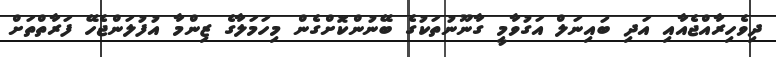
ދިވެހިރާއްޖެއާއި އަދި ބައިނަލް އަގުވާމީ ގާނޫނުތަކުގެ ބޭނުންކޮށްގެން މިހަމަލާގެ ޒިންމާ އުފުލަންޖެހޭ ފަރާތްތަށް